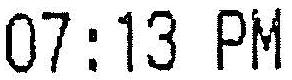
07:13 PM